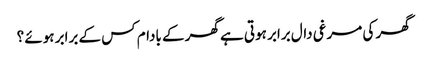
گھر کی مرغی دال برابر ہوتی ہے گھر کے بادام کس کے برابر ہوئے ؟